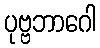
ပုဗ္ဗဘာဂေါ